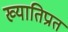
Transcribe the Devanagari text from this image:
ख्यातिप्रात